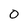
Character: 0